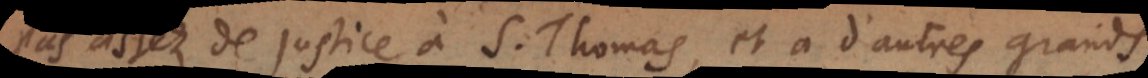
pas assez de justice à S. Thomas, et à d’autres grands